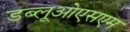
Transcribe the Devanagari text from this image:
डब्लूओएसएम